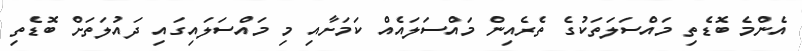
އެންމެ ބޮޑެތި މައްސަލަތަކުގެ ތެރެއިން މައްސަލައެއް ކަމަށާއި މި މައްސަލައިގައި ދައުލަތަށް ބޮޑެތި